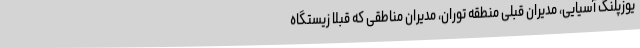
یوزپلنگ آسیایی، مدیران قبلی منطقه توران، مدیران مناطقی که قبلا زیستگاه